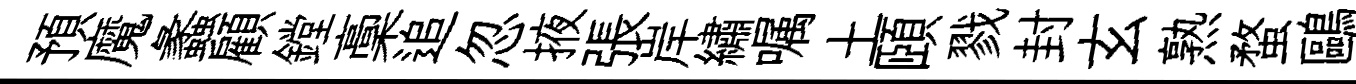
預魔蠡顧鏜稾追忽掖張岸繡嘱土頤戮封玄熟蝥鷗